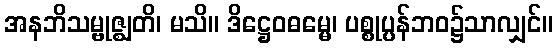
အနဘိသမ္ဗုဇ္ဈတိ၊ မသိ။ ဒိဋ္ဌေဝဓမ္မေ၊ ပစ္စုပ္ပန်ဘဝ၌သာလျှင်။